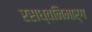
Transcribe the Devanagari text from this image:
रसध्वनिमार्ग